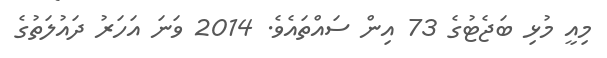
މިއީ މުޅި ބަޖެޓުގެ 73 އިން ސައްތައެވެ. 2014 ވަނަ އަހަރު ދައުލަތުގެ